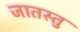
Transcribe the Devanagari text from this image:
जातस्तु